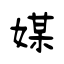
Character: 媒